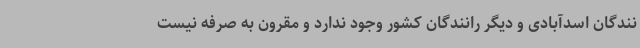
نندگان اسدآبادی و دیگر رانندگان کشور وجود ندارد و مقرون به صرفه نیست